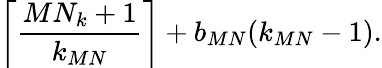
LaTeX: \left\lceil\frac{MN_{k}+1}{k_{MN}}\right\rceil+b_{MN}(k_{MN}-1).